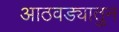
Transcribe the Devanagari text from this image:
आठवड्यातुन